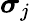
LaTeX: {\boldsymbol{\sigma}}_{j}